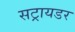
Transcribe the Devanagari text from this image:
सट्रायडर